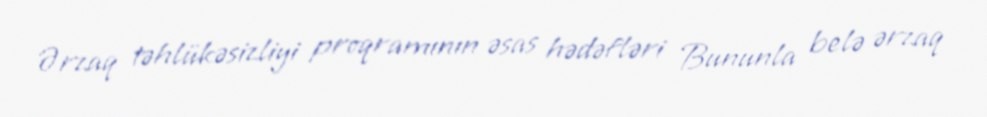
Ərzaq təhlükəsizliyi proqramının əsas hədəfləri Bununla belə ərzaq